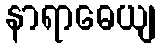
နာရာဓေယျ